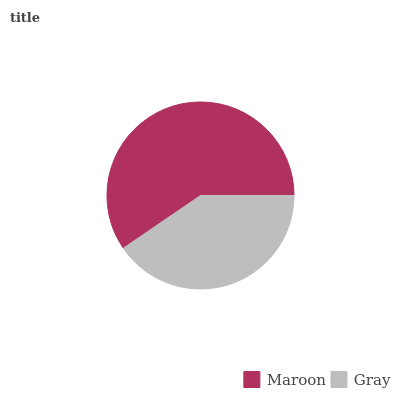
| Maroon | Gray |
 | --- | --- |
 | 59.6% | 40.4% |